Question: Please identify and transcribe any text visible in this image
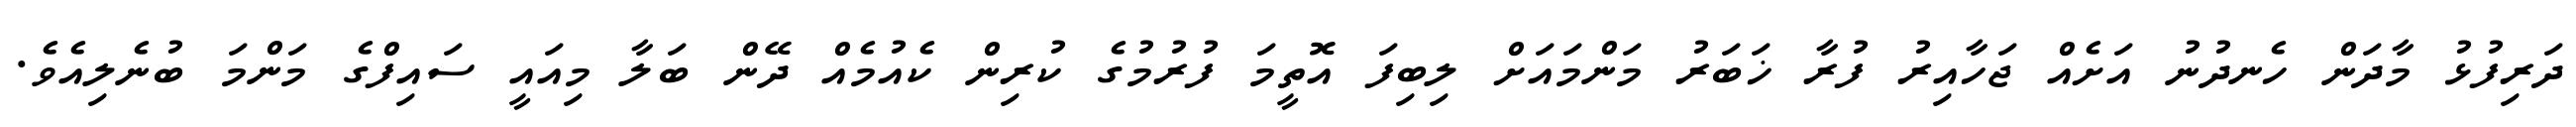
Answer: ދަރިފުޅު މާދަން ހެނދުނު އަށެއް ޖަހާއިރު ފުރާ ޚަބަރު މަންމައަށް ލިބިފަ އޮތީމަ ފުރުމުގެ ކުރިން ކެއުމެއް ދޭން ބަލާ މިއައީ ސައިފްގެ މަންމަ ބުނެލިއެވެ.